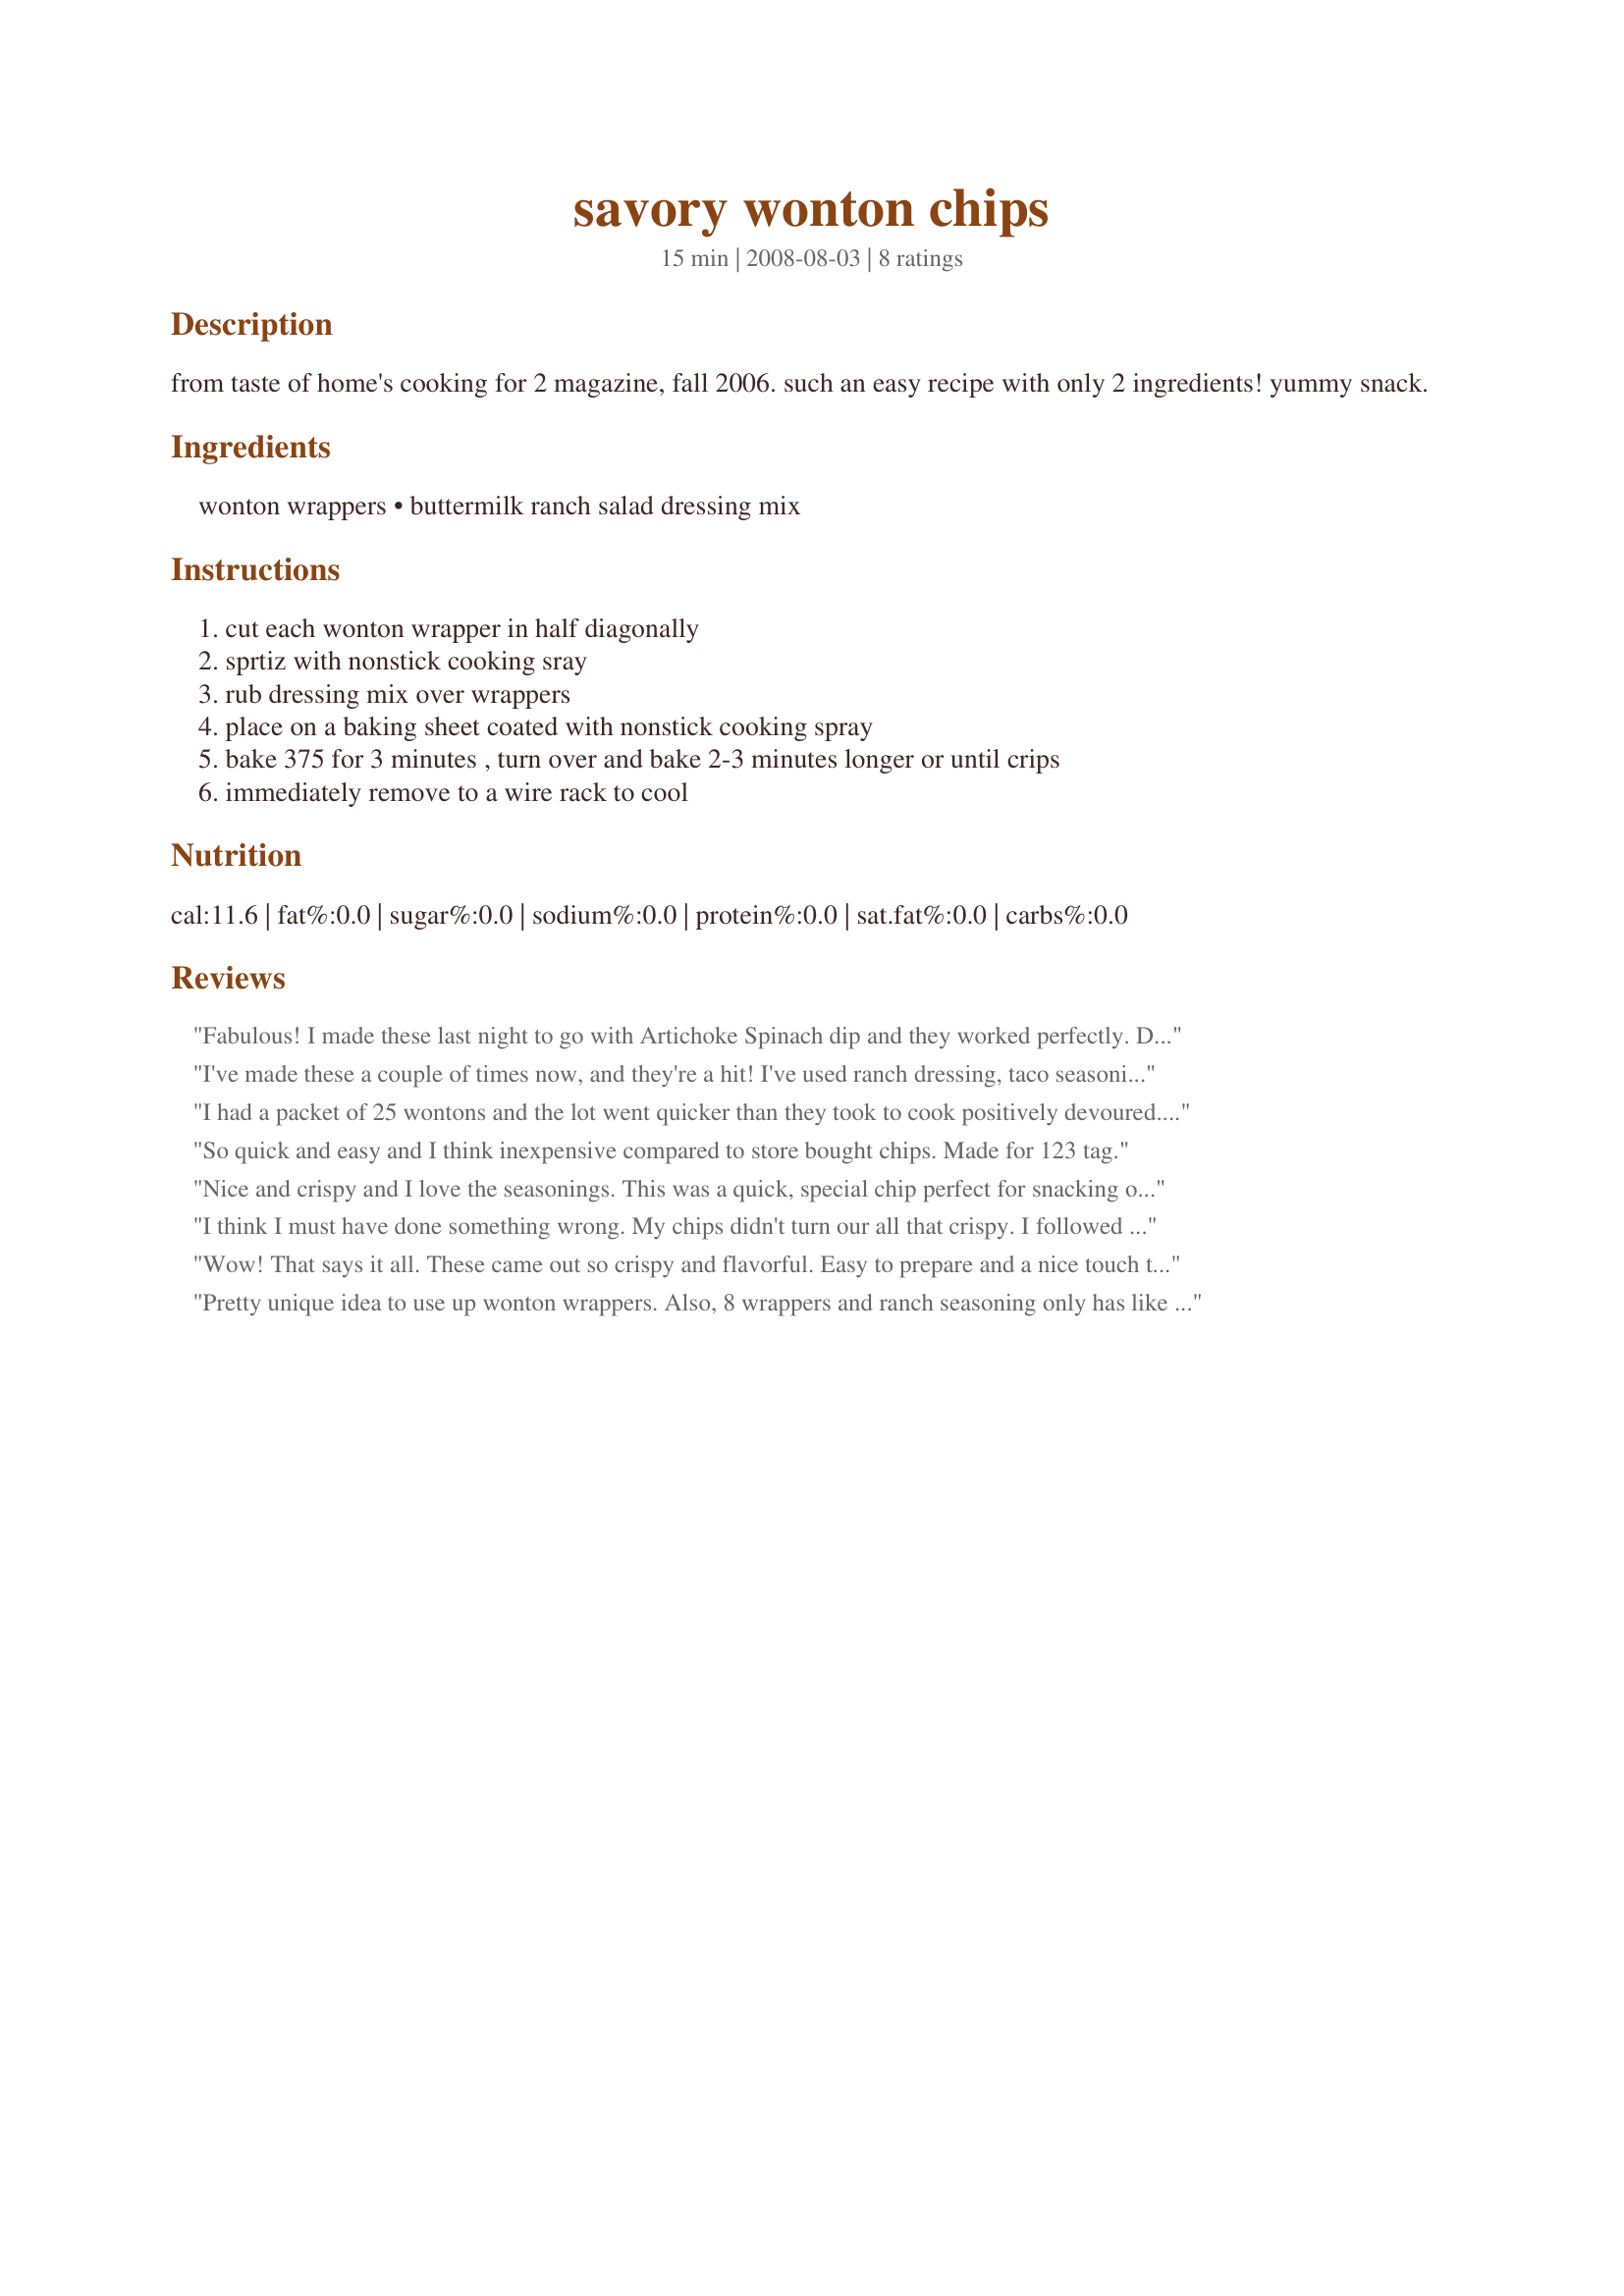
savory wonton chips
Preparation time: 15 minutes

from taste of home's cooking for 2 magazine, fall 2006. such an easy recipe with only 2 ingredients! yummy snack.

Ingredients:
wonton wrappers, buttermilk ranch salad dressing mix

Steps:
cut each wonton wrapper in half diagonally, sprtiz with nonstick cooking sray, rub dressing mix over wrappers, place on a baking sheet coated with nonstick cooking spray, bake 375 for 3 minutes , turn over and bake 2-3 minutes longer or until crips, immediately remove to a wire rack to cool

Reviews:
Fabulous! I made these last night to go with Artichoke Spinach dip and they worked perfectly. DS was eating them as it without the dip and he loved them. My only problem with them is........ I NEED TO DOUBLE THE BATCH! LOL. We really liked these and plan on making them often. Thank you for posting.....Made for Zaar Tag.
I've made these a couple of times now, and they're a hit! I've used ranch dressing, taco seasoning, wasabi salt, and garlic powder and salt. All four of these have been good, and I'm sure there are lots of other combinations to try. I don't find it necessary to turn them over, I just watch them very closely so they don't burn. Excellent!
I had a packet of 25 wontons and the lot went quicker than they took to cook positively devoured. I made recipe #131447 by wildheart as we cannot buy dried ranch dressing mix in Australia in the supermarkets, so I have some left to make some more later and hopefully get a pic. Thank you Shelby Jo, made for Potluck Tag.
So quick and easy and I think inexpensive compared to store bought chips. Made for 123 tag.
Nice and crispy and I love the seasonings. This was a quick, special chip perfect for snacking or serving with a dip. Thanks for sharing! Made for 1-2-3 Tag.
I think I must have done something wrong. My chips didn't turn our all that crispy. I followed the directions exactly, and was scared they would be overdone because my oven cooks faster than others, but they still weren't crispy. Maybe I used too much cooking spray. I'll try them again. Made for Photo Tag! Thanks for posting!
Wow! That says it all. These came out so crispy and flavorful. Easy to prepare and a nice touch to serve instead of store bought packaged chips. I served these as my dippers for recipe #197726. Wonderful together. I made this for our appetizer night. Yummy!!! I did spray one side and sprinkled with seasoning. Cooked for the 3 minutes, flipped them and sprayed and seasoned again and cooked for 2 minutes. Came out perfect. Thanks for posting. :)
Pretty unique idea to use up wonton wrappers. Also, 8 wrappers and ranch seasoning only has like 150 calories. That's great for us counters! 
Thanks!
